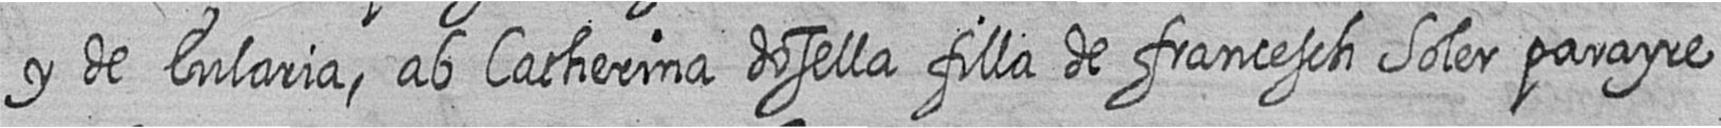
y de Eularia ab Catherina dosella filla de francesch Soler parayre